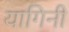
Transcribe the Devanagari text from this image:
यागिनी